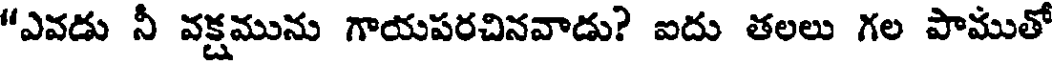
"ఎవడు నీ వక్షమును గాయపరచినవాడు? ఐదు తలలు గల పాముతో